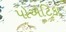
પોએટિકા